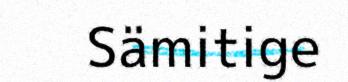
Sämitige